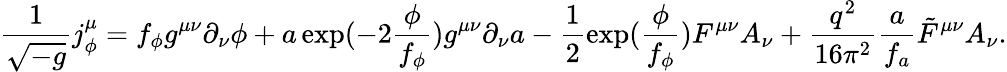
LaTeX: \frac{1}{\sqrt{-g}}j_{\phi}^{\mu}=f_{\phi}g^{\mu\nu}\partial_{\nu}\phi+a\exp(-2\frac{\phi}{f_{\phi}})g^{\mu\nu}\partial_{\nu}a-\frac{1}{2}\exp(\frac{\phi}{f_{\phi}})F^{\mu\nu}A_{\nu}+\frac{q^{2}}{16\pi^{2}}\frac{a}{f_{a}}\tilde{F}^{\mu\nu}A_{\nu}.